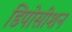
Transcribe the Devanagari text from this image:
डिपोसीशन